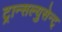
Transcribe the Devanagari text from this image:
ट्रान्सल्युसेन्ट्